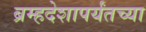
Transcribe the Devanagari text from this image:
ब्रम्हदेशापर्यंतच्या